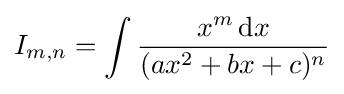
I_{m,n}=\int {\frac {x^{m}\,{\text{d}}x}{(ax^{2}+bx+c)^{n}}}\,\!